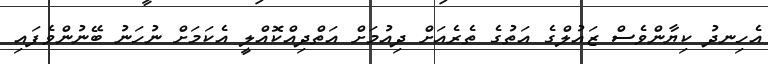
އެހިނދު ކިޔާންވެސް ޒައުލްގެ އަތުގެ ތެރެއަށް ދިއުމަށް އަތްދިއްކޮއްލީ އެކަމަށް ނުހަނު ބޭނުންވެފައި